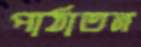
পাঠাতন